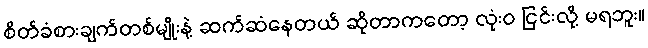
စိတ်ခံစားချက်တစ်မျိုးနဲ့ ဆက်ဆံနေတယ် ဆိုတာကတော့ လုံးဝ ငြင်းလို့ မရဘူး။